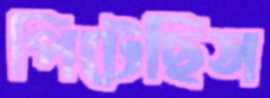
পিটেছিস